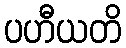
ပဟီယတိ